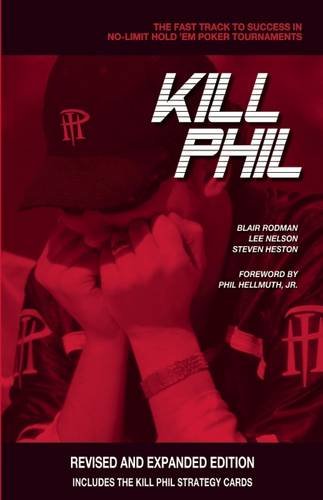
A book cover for Kill Phil: The Fast Track to Success in No-Limit Hold 'em Poker Tournaments; Blair Rodman; Humor & Entertainment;